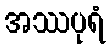
အဿပုရံ